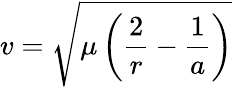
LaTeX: v={\sqrt{\mu\left({\frac{2}{r}}-{\frac{1}{a}}\right)}}